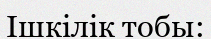
Ішкілік тобы: